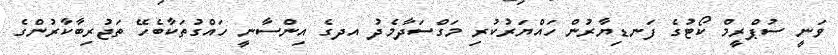
ވަނީ ސުޕްރީމް ކޯޓުގެ ފަނޑިޔާރުން ހައްޔަރުކުރި މަގްސަދާމެދު އދގެ އިންސާނީ ހައްގުތަކާބެހޭ ތަޖުރިބާކާރުންގެ